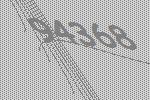
94368